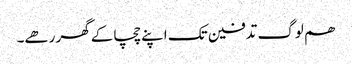
ھم لوگ تدفین تک اپنے چچا کے گھر رھے۔